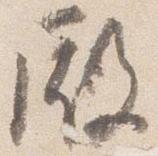
殿